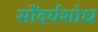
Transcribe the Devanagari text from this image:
सौंदर्यशोध